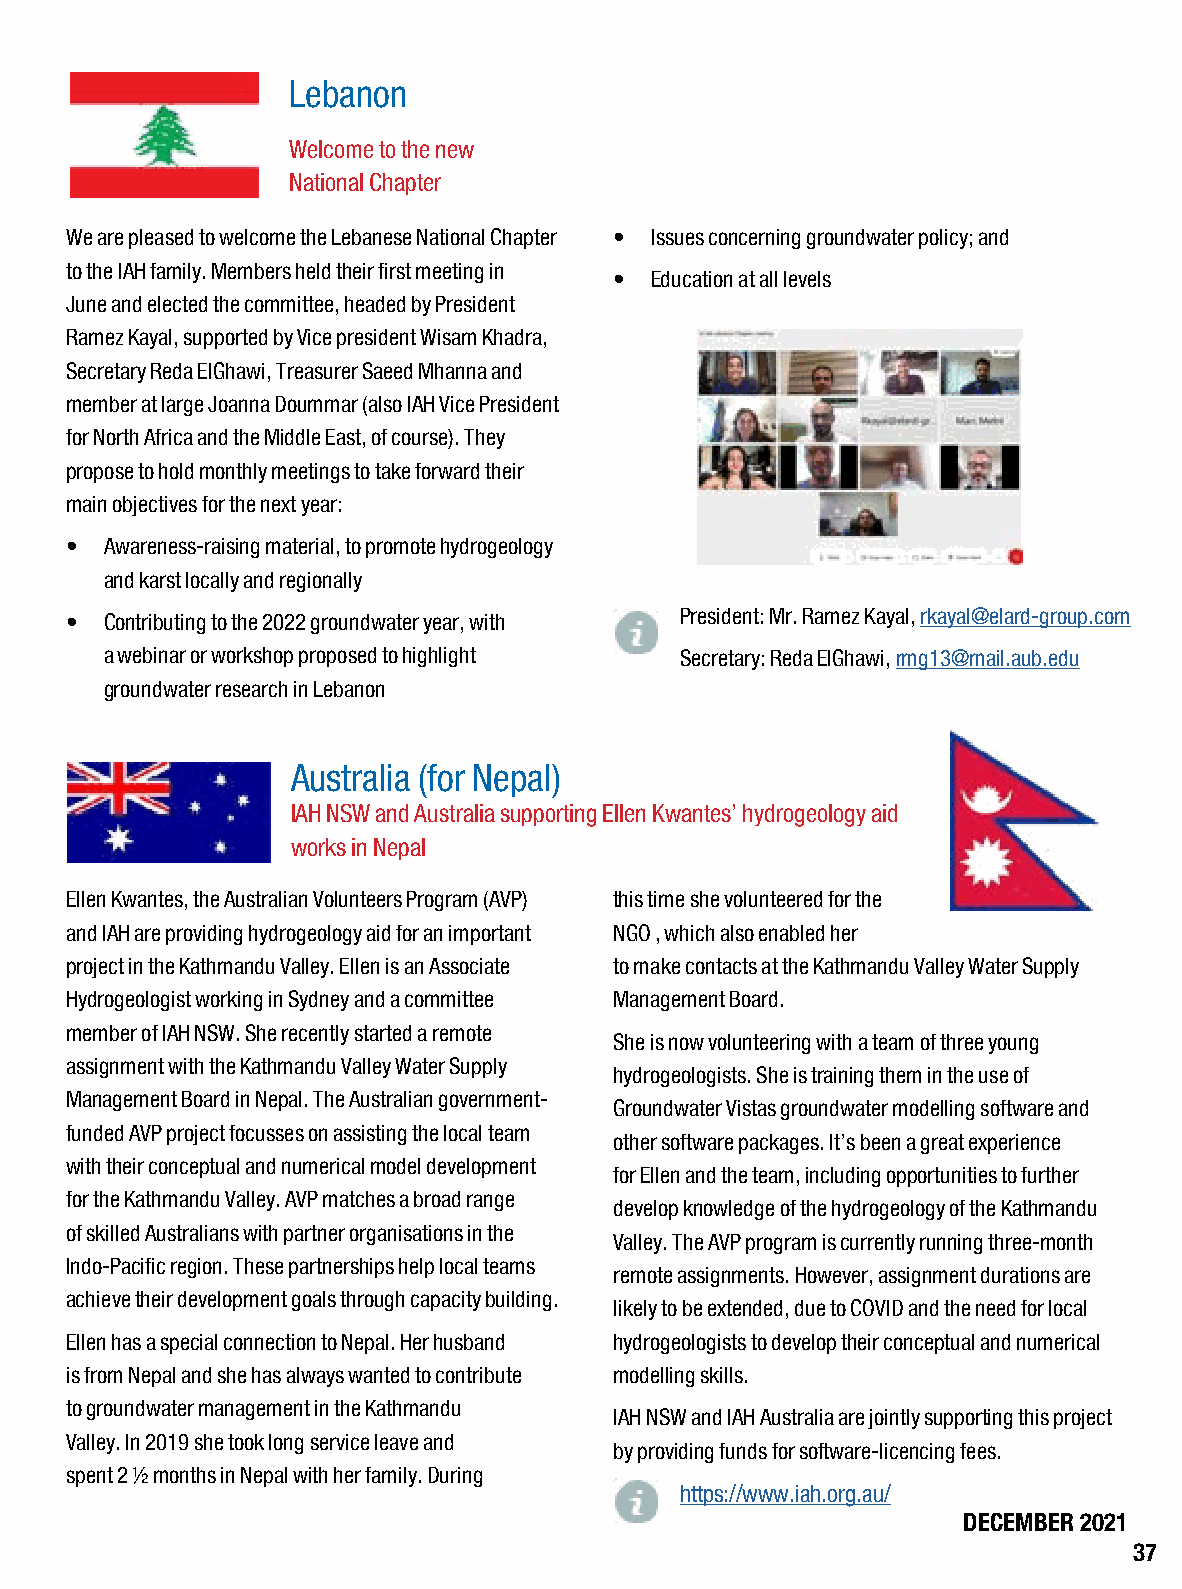
Lebanon
 Welcome to the new
 National Chapter
 We are pleased to welcome the Lebanese National Chapter • Issues concerning groundwater policy; and
 to the IAH family. Members held their first meeting in
 • Education at all levels
 June and elected the committee, headed by President
 Ramez Kayal, supported by Vice president Wisam Khadra,
 Secretary Reda ElGhawi, Treasurer Saeed Mhanna and
 member at large Joanna Doummar (also IAH Vice President
 for North Africa and the Middle East, of course). They
 propose to hold monthly meetings to take forward their
 main objectives for the next year:
 •  Awareness-raising material, to promote hydrogeology
 and karst locally and regionally
 •  Contributing to the 2022 groundwater year, with President: Mr. Ramez Kayal, rkayal@elard-group.com
 a webinar or workshop proposed to highlight Secretary: Reda ElGhawi, rmg13@mail.aub.edu
 groundwater research in Lebanon
 Australia (for Nepal)
 IAH NSW and Australia supporting Ellen Kwantes’ hydrogeology aid
 works in Nepal
 Ellen Kwantes, the Australian Volunteers Program (AVP) this time she volunteered for the
 and IAH are providing hydrogeology aid for an important NGO , which also enabled her
 project in the Kathmandu Valley. Ellen is an Associate to make contacts at the Kathmandu Valley Water Supply
 Hydrogeologist working in Sydney and a committee Management Board.
 member of IAH NSW. She recently started a remote
 She is now volunteering with a team of three young
 assignment with the Kathmandu Valley Water Supply
 hydrogeologists. She is training them in the use of
 Management Board in Nepal. The Australian government-
 Groundwater Vistas groundwater modelling software and
 funded AVP project focusses on assisting the local team
 other software packages. It’s been a great experience
 with their conceptual and numerical model development
 for Ellen and the team, including opportunities to further
 for the Kathmandu Valley. AVP matches a broad range
 develop knowledge of the hydrogeology of the Kathmandu
 of skilled Australians with partner organisations in the
 Valley. The AVP program is currently running three-month
 Indo-Pacific region. These partnerships help local teams
 remote assignments. However, assignment durations are
 achieve their development goals through capacity building.
 likely to be extended, due to COVID and the need for local
 Ellen has a special connection to Nepal. Her husband hydrogeologists to develop their conceptual and numerical
 is from Nepal and she has always wanted to contribute modelling skills.
 to groundwater management in the Kathmandu
 IAH NSW and IAH Australia are jointly supporting this project
 Valley. In 2019 she took long service leave and
 by providing funds for software-licencing fees.
 spent 2 ½ months in Nepal with her family. During
 https://www.iah.org.au/
 DECEMBER 2021
 37